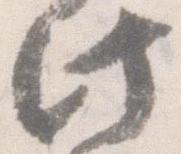
此